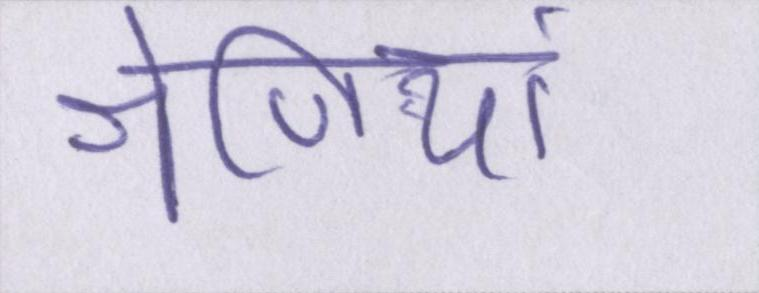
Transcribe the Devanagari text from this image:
श्रेणियां